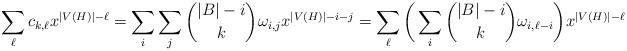
\begin{align*}\sum_\ell c_{k,\ell}x^{|V(H)|-\ell}=\sum_i\sum_j\binom{|B|-i}k\omega_{i,j}x^{|V(H)|-i-j}=\sum_\ell\bigg(\sum_i\binom{|B|-i}k\omega_{i,\ell-i}\bigg)x^{|V(H)|-\ell}\end{align*}